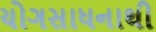
યોગસાધનાથી